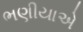
ભણીયાએ